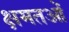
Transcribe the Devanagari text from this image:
क्षमतओं